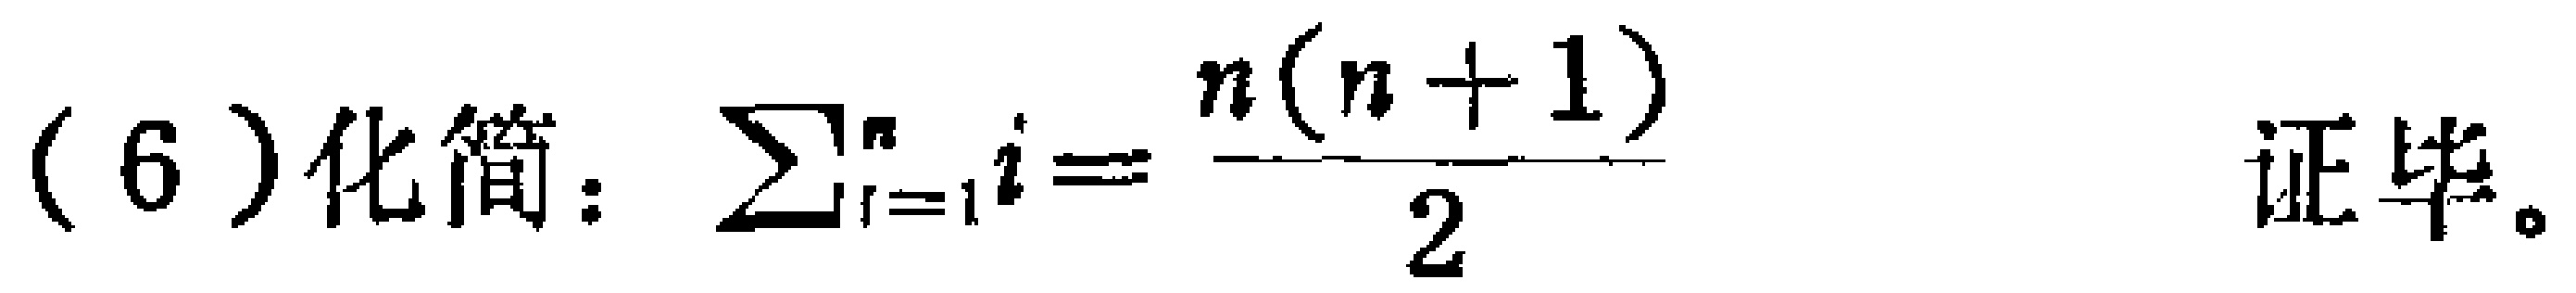
(6) 化简：\(\sum_{i = 1}^{n}i = \frac{n(n + 1)}{2}\) 证毕。